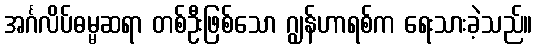
အင်္ဂလိပ်ဓမ္မဆရာ တစ်ဦးဖြစ်သော ဂျွန်ဟာရစ်က ရေးသားခဲ့သည်။